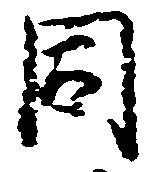
同